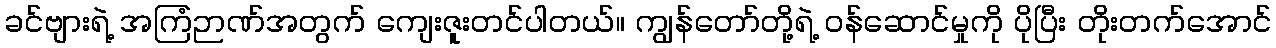
ခင်ဗျားရဲ့ အကြံဉာဏ်အတွက် ကျေးဇူးတင်ပါတယ်။ ကျွန်တော်တို့ရဲ့ ဝန်ဆောင်မှုကို ပိုပြီး တိုးတက်အောင်